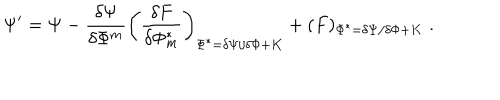
\Psi ^ { \prime } = \Psi - \frac { \delta \Psi } { \delta \Phi ^ { m } } \left( \frac { \delta F } { \delta \Phi _ { m } ^ { * } } \right) _ { \Phi ^ { * } = \delta \Psi / \delta \Phi + K } + ( F ) _ { \Phi ^ { * } = \delta \Psi / \delta \Phi + K } \; .